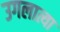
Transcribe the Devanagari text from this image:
उगलात्या